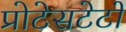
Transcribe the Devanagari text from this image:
प्रोटेसटेटों